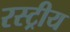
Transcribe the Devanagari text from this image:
रस्ट्रीय